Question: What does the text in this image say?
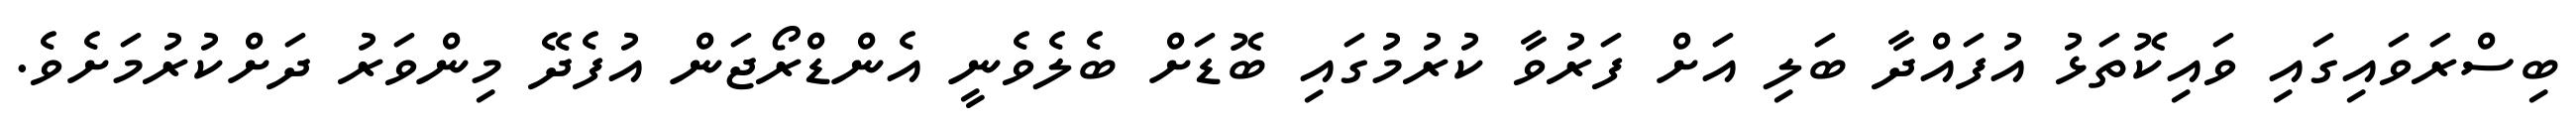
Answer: ބިސްރަވައިގައި ވައިކޮތަޅު އުފައްދާ ބަލި އަށް ފަރުވާ ކުރުމުގައި ބޮޑަށް ބެލެވެނީ އެންޑްރޯޖަން އުފެދޭ މިންވަރު ދަށްކުރުމަށެވެ.